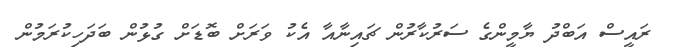
ރައީސް އަބްދު ޔާމީންގެ ސަރުކާރުން ޗައިނާއާ އެކު ވަރަށް ބޮޑަށް ގުޅުން ބަދަހިކުރަމުން